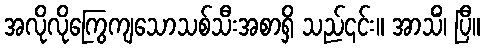
အလိုလိုကြွေကျသောသစ်သီးအစာရှိ သည်၎င်း။ အာသိံ၊ ပြီ။